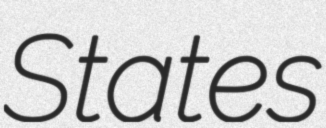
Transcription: States